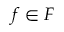
f \in F